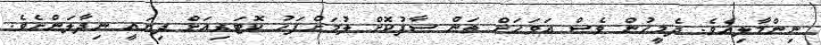
ނިންމާލިއެވެ. ދެމީހުން ވެސް އަވަހަށް ތަން ސާފުކޮށް ލުމަށްފަހު ކޮޓަރިއަށް ދިޔައީ ނިދާލަންށެވެ.